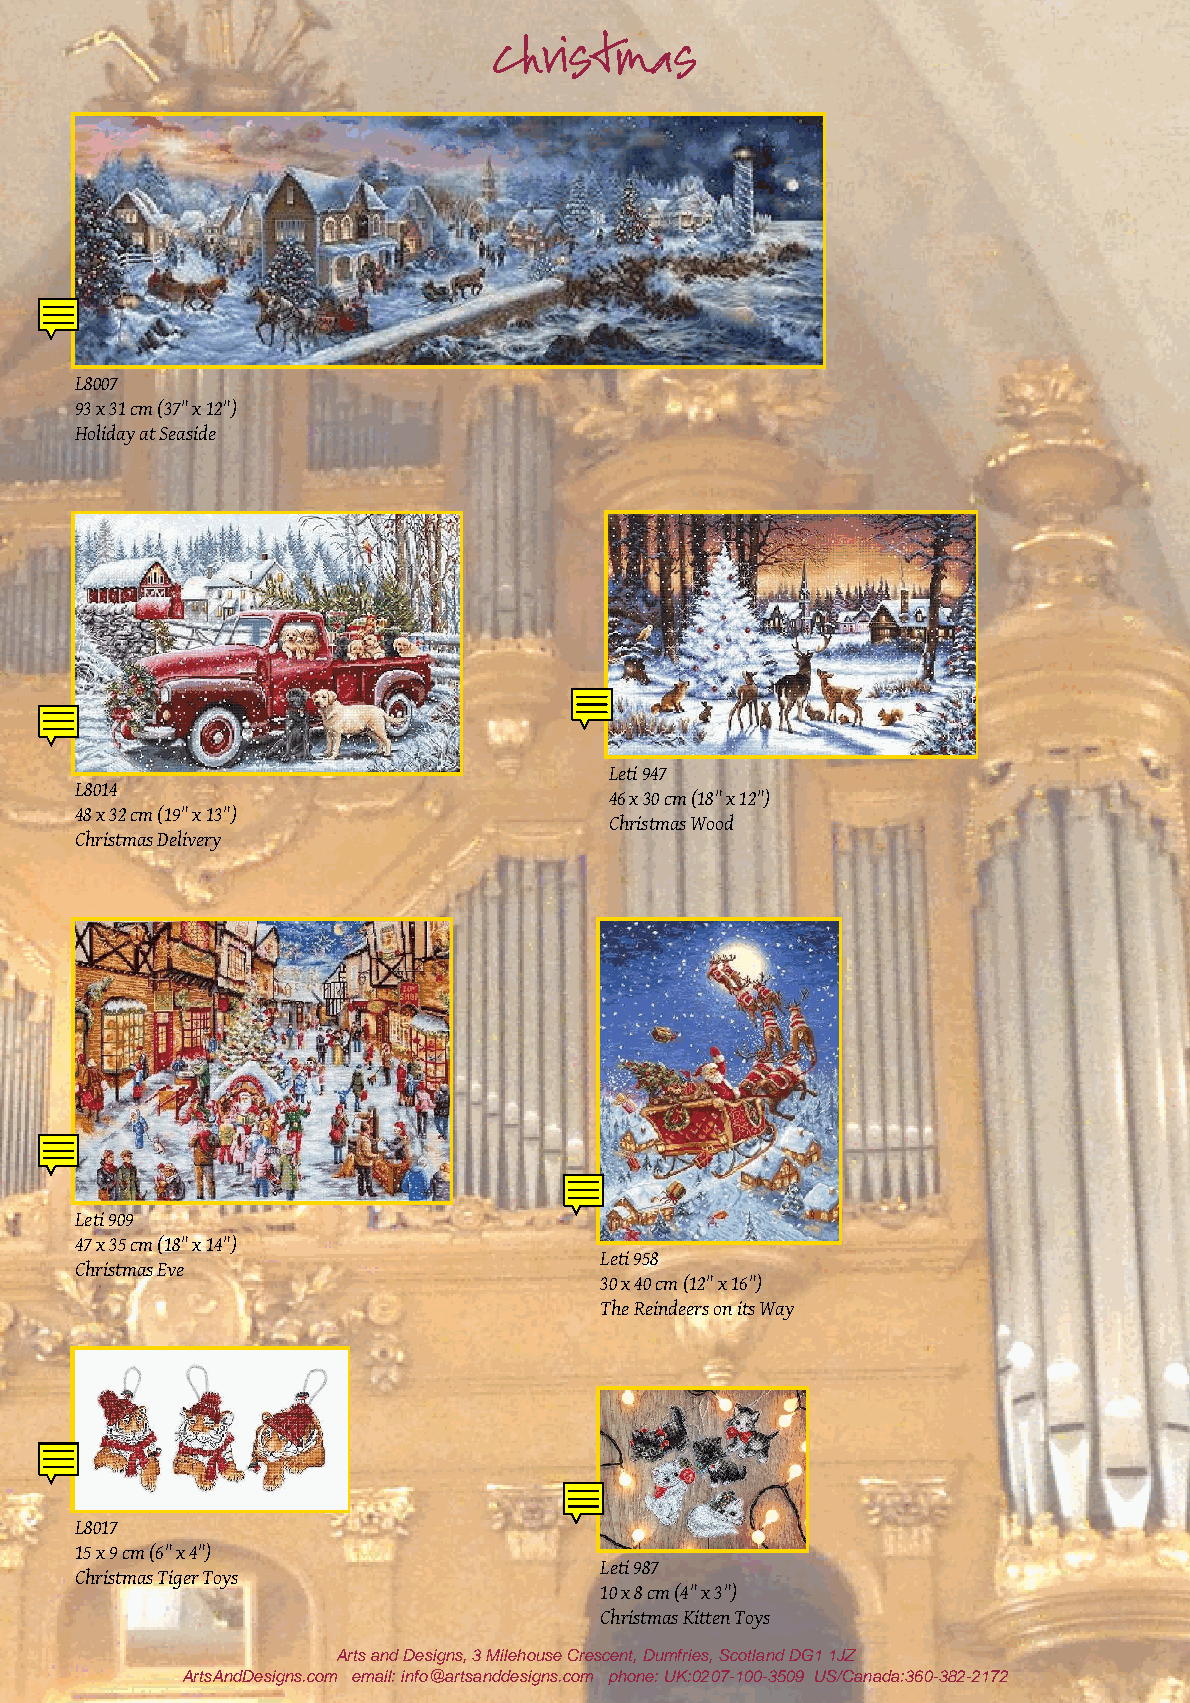
Christmas
 L8007
 93 x 31 cm (37" x 12")
 Holiday at Seaside
 Leti 947
 L8014
 46 x 30 cm (18" x 12")
 48 x 32 cm (19" x 13")
 Christmas Wood
 Christmas Delivery
 Leti 909
 47 x 35 cm (18" x 14")
 Leti 958
 Christmas Eve
 30 x 40 cm (12" x 16")
 The Reindeers on its Way
 L8017
 15 x 9 cm (6" x 4")
 Leti 987
 Christmas Tiger Toys
 10 x 8 cm (4" x 3")
 Christmas Kitten Toys
 Arts and Designs, 3 Milehouse Crescent, Dumfries, Scotland DG1 1JZ
 ArtsAndDesigns.com email: info@artsanddesigns.com phone: UK:0207-100-3509 US/Canada:360-382-2172